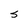
Character: s